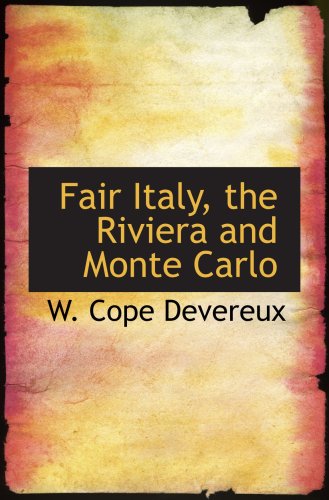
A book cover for Fair Italy, the Riviera and Monte Carlo: Comprising a Tour Through North and South Italy an; W. Cope Devereux; Travel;